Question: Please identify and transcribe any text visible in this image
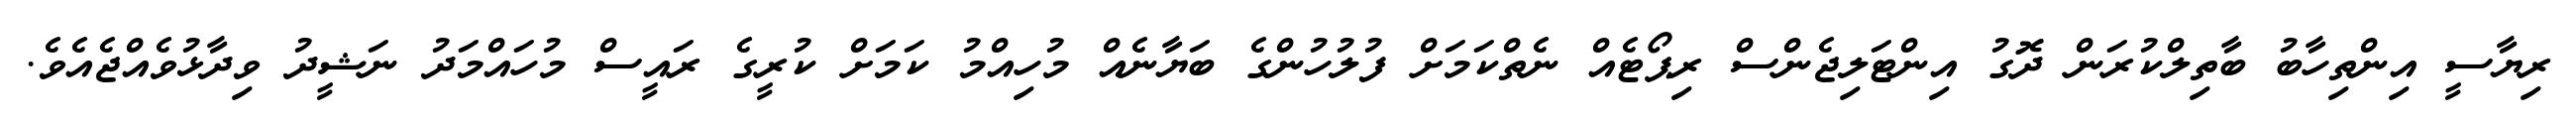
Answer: ރިޔާސީ އިންތިހާބު ބާތިލްކުރަން ދޮގު އިންޓަލިޖެންސް ރިޕޯޓެއް ނެތްކަމަށް ފުލުހުންގެ ބަޔާނެއް މުހިއްމު ކަމަށް ކުރީގެ ރައީސް މުހައްމަދު ނަޝީދު ވިދާޅުވެއްޖެއެވެ.